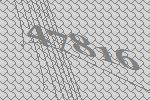
47816